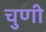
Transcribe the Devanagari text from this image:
चुणी